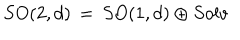
S O ( 2 , d ) \, = \, S O ( 1 , d ) \oplus S o l v